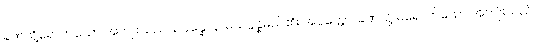
ခဏသို့ရောက်သော အကျိုးသည်။ ဥပ္ပန္နောနာမ၊ ဥပ္ပန္နမည်၏။ အပ္ပတ္တော၊ ခဏသို့ မရောက်သော အကျိုးသည်။